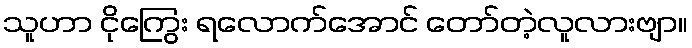
သူဟာ ငိုကြွေး ရလောက်အောင် တော်တဲ့လူလားဗျာ။